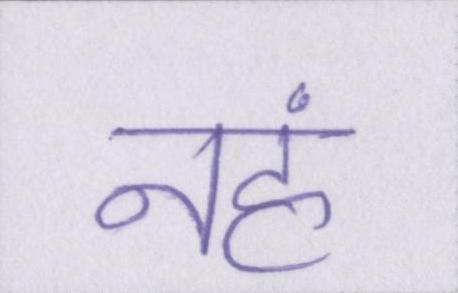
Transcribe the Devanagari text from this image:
नहं